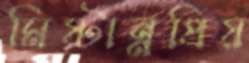
মিষ্টান্নপ্রিয়